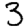
Digit: 3